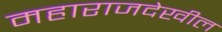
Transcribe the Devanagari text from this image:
महाराजदेखील